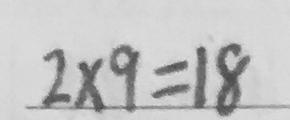
2 \times 9 = 1 8